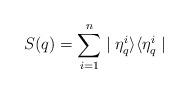
LaTeX: \begin{align*}S(q)=\sum_{i=1}^n\mid\eta_q^i\rangle\langle\eta_q^i\mid\end{align*}